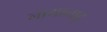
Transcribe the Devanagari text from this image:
नागानाडु